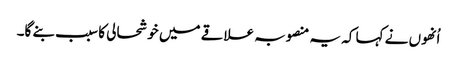
اُنھوں نے کہا کہ یہ منصوبہ علاقے میں خوشحالی کا سبب بنے گا۔